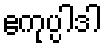
ဧကုပ္ပါဒါ